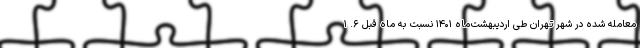
معامله شده در شهر تهران طی اردیبهشت‌ماه ۱۴۰۱ نسبت به ماه قبل ۶. ۱